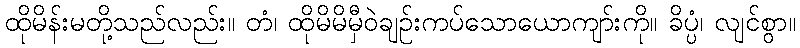
ထိုမိန်းမတို့သည်လည်း။ တံ၊ ထိုမိမိမှီဝဲချဉ်းကပ်သောယောကျာ်းကို။ ခိပ္ပံ၊ လျင်စွာ။